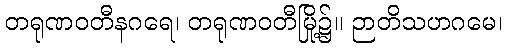
တရုဏဝတီနဂရေ၊ တရုဏဝတီမြို့၌။ ဉာတိသဟဂမေ၊